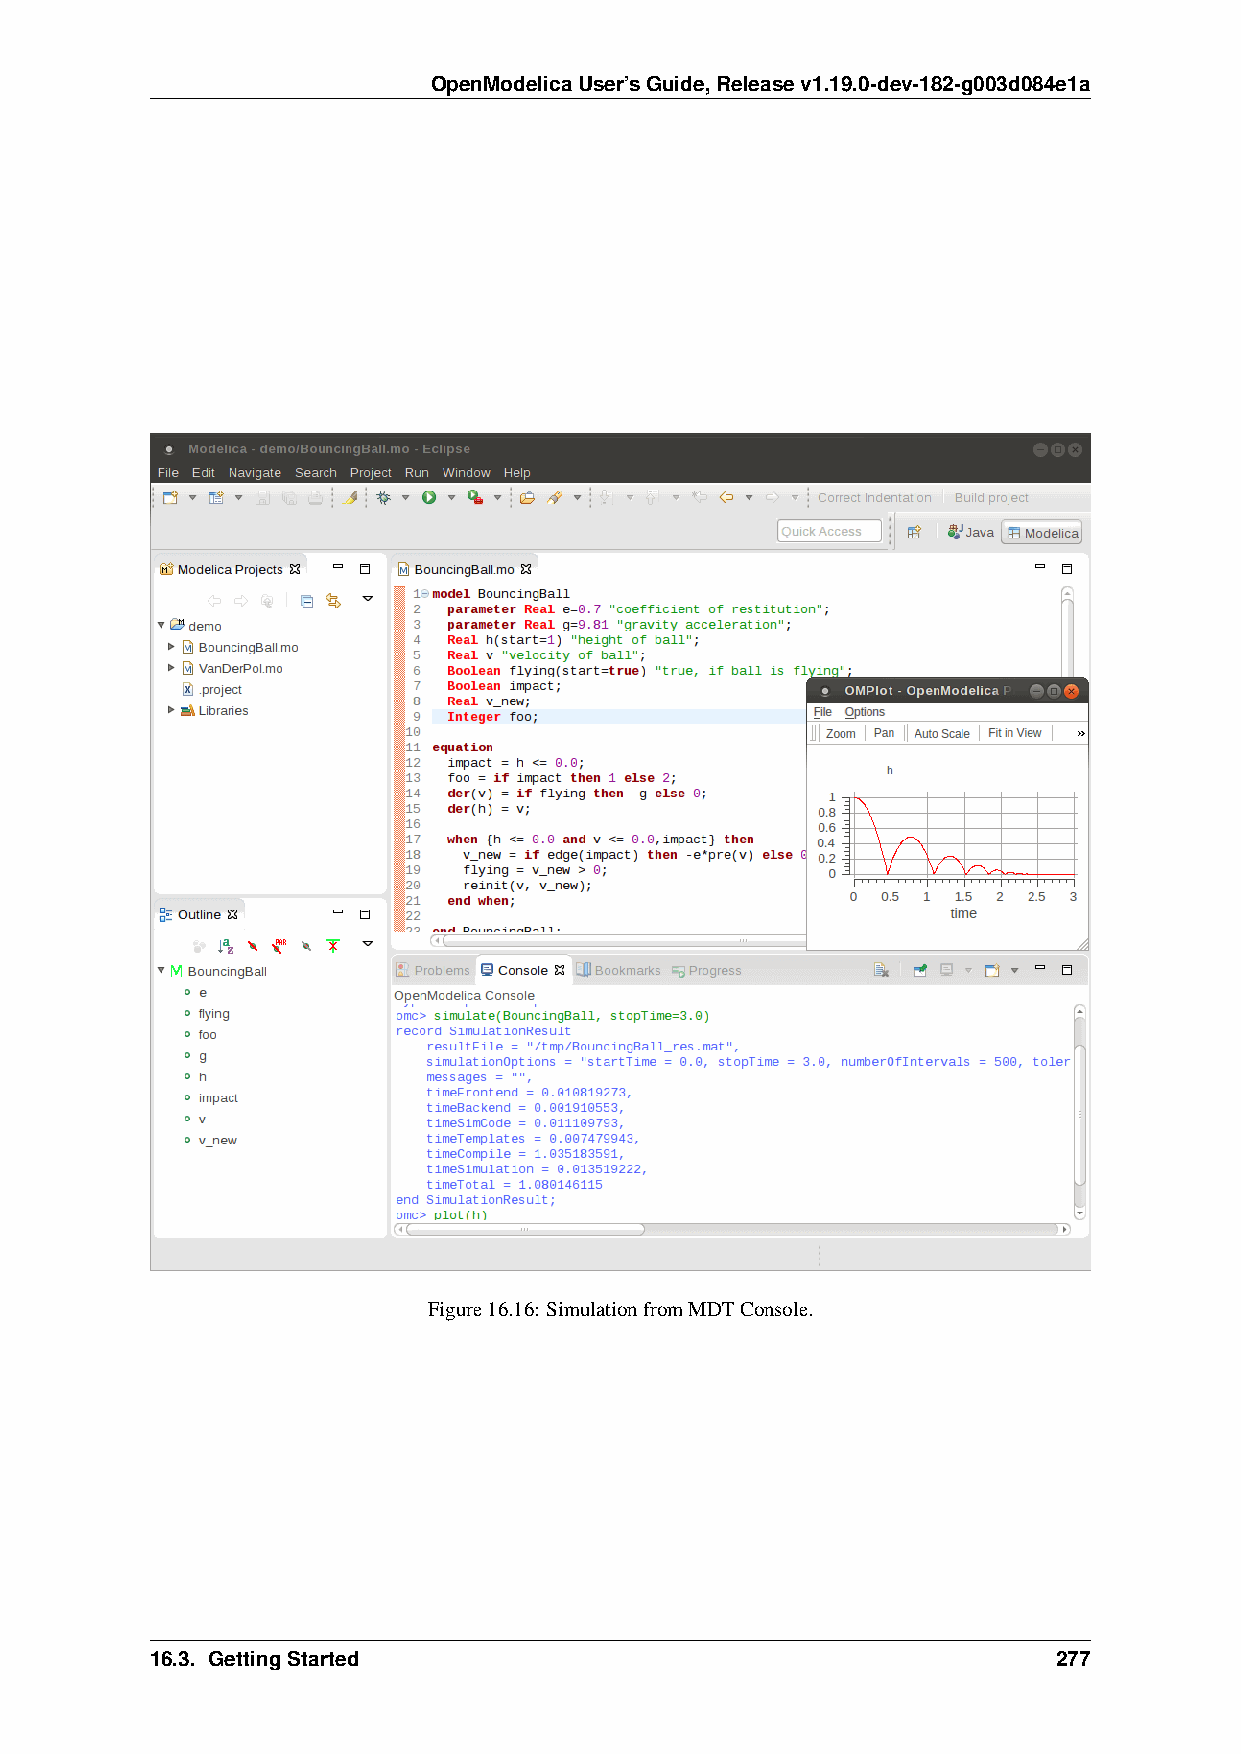
OpenModelicaUser’sGuide,Releasev1.19.0-dev-182-g003d084e1a
 Figure16.16: SimulationfromMDTConsole.
 16.3. GettingStarted                                        277